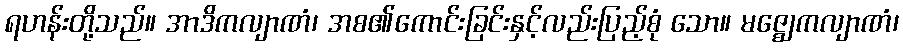
ရဟန်းတို့သည်။ အာဒိကလျာဏံ၊ အစ၏ကောင်းခြင်းနှင့်လည်းပြည့်စုံ သော။ မဇ္ဈေကလျာဏံ၊